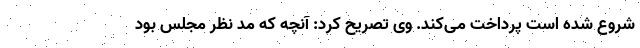
شروع شده است پرداخت می‌کند. وی تصریح کرد: آنچه که مد نظر مجلس بود